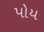
પોય